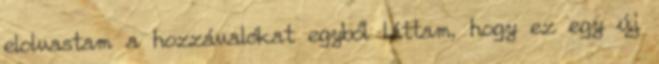
elolvastam a hozzávalókat egyből láttam, hogy ez egy új